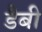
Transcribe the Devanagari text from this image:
डैबी